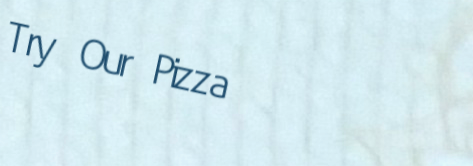
Try Our Pizza